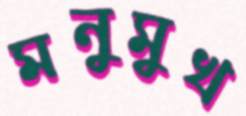
মনুমুখ